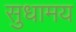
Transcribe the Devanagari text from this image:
सुधामय